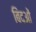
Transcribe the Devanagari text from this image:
बिंदओं